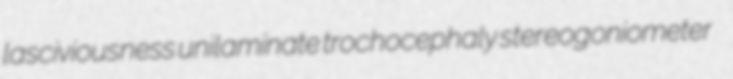
lasciviousness unilaminate trochocephaly stereogoniometer